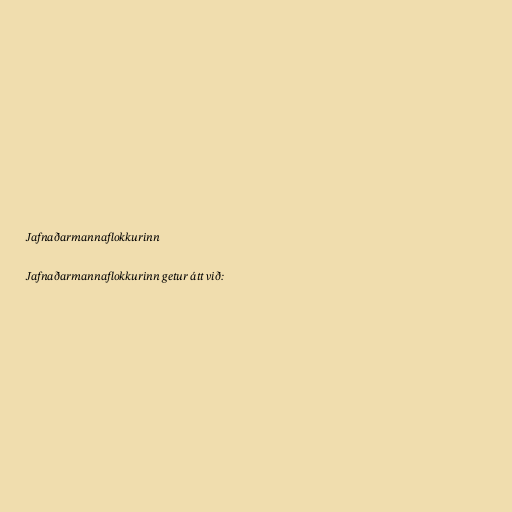
Jafnaðarmannaflokkurinn

Jafnaðarmannaflokkurinn getur átt við: